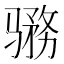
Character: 𱅨